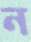
ন